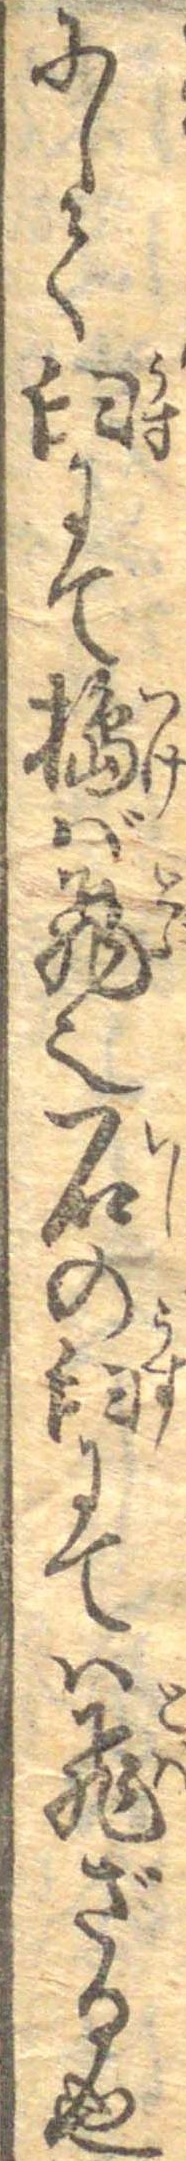
にして臼にて搗ば飛也石の臼にては飛ざる也